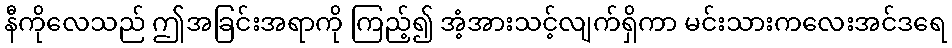
နီကိုလေသည် ဤအခြင်းအရာကို ကြည့်၍ အံ့အားသင့်လျက်ရှိကာ မင်းသားကလေးအင်ဒရေ